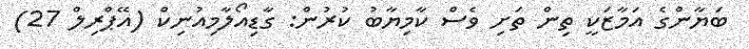
ބަޔާންގެ އަމާޒަކީ ތިން ތަށި ވެސް ކާމިޔާބު ކުރުން: ގާޑިއޯލާމިއުނިކް (އޭޕްރިލް 27)